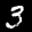
Label: 3